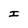
Character: I